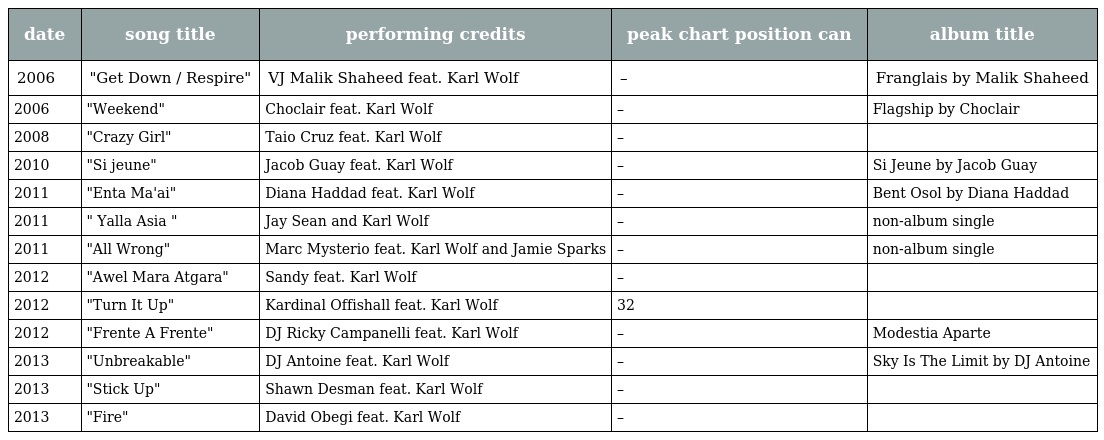
| date | song title | performing credits | peak chart position can | album title |
 | --- | --- | --- | --- | --- |
 | 2006 | "Get Down / Respire" | VJ Malik Shaheed feat. Karl Wolf | – | Franglais by Malik Shaheed |
 | 2006 | "Weekend" | Choclair feat. Karl Wolf | – | Flagship by Choclair |
 | 2008 | "Crazy Girl" | Taio Cruz feat. Karl Wolf | – |  |
 | 2010 | "Si jeune" | Jacob Guay feat. Karl Wolf | – | Si Jeune by Jacob Guay |
 | 2011 | "Enta Ma'ai" | Diana Haddad feat. Karl Wolf | – | Bent Osol by Diana Haddad |
 | 2011 | " Yalla Asia " | Jay Sean and Karl Wolf | – | non-album single |
 | 2011 | "All Wrong" | Marc Mysterio feat. Karl Wolf and Jamie Sparks | – | non-album single |
 | 2012 | "Awel Mara Atgara" | Sandy feat. Karl Wolf | – |  |
 | 2012 | "Turn It Up" | Kardinal Offishall feat. Karl Wolf | 32 |  |
 | 2012 | "Frente A Frente" | DJ Ricky Campanelli feat. Karl Wolf | – | Modestia Aparte |
 | 2013 | "Unbreakable" | DJ Antoine feat. Karl Wolf | – | Sky Is The Limit by DJ Antoine |
 | 2013 | "Stick Up" | Shawn Desman feat. Karl Wolf | – |  |
 | 2013 | "Fire" | David Obegi feat. Karl Wolf | – |  |